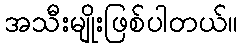
အသီးမျိုးဖြစ်ပါတယ်။